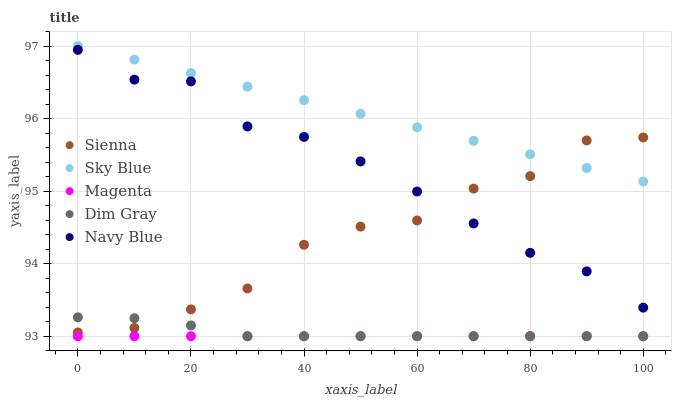
| xaxis_label | Sienna | Sky Blue | Magenta | Dim Gray | Navy Blue |
 | --- | --- | --- | --- | --- | --- |
 | 0 | 93.1 | 97 | 93 | 93.3 | 96.9 |
 | 10 | 93.1 | 96.8 | 93 | 93.2 | 96.5 |
 | 20 | 93.4 | 96.6 | 93 | 93.1 | 96.5 |
 | 30 | 93.7 | 96.4 | 93 | 93 | 95.9 |
 | 40 | 94.3 | 96.3 | 93 | 93 | 95.7 |
 | 50 | 94.5 | 96.1 | 93 | 93 | 95.4 |
 | 60 | 94.6 | 95.9 | 93 | 93 | 95 |
 | 70 | 95 | 95.7 | 93 | 93 | 94.6 |
 | 80 | 95.2 | 95.5 | 93 | 93 | 94.1 |
 | 90 | 95.7 | 95.3 | 93 | 93 | 93.9 |
 | 100 | 95.7 | 95.1 | 93 | 93 | 93.4 |